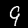
Label: 9